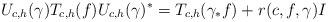
LaTeX: \begin{align*}U_{c,h}(\gamma) T_{c,h}(f) U_{c,h}(\gamma)^* = T_{c,h}(\gamma_* f) + r(c,f,\gamma) I\end{align*}